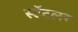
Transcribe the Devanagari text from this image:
स्टॅटलर